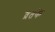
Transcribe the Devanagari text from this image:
व्रतके